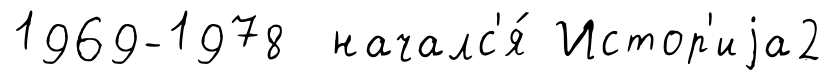
1969-1978 началс'я́ Истор'иjа2